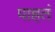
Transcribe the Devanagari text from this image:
पाहतं